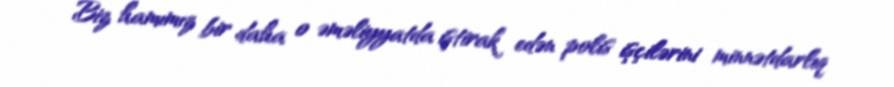
Biz hamımız bir daha o əməliyyatda iştirak edən polis işçilərini minnətdarlıq